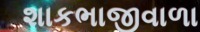
શાકભાજીવાળા